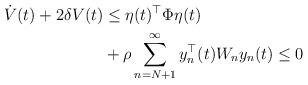
LaTeX: \begin{align*}\dot{{V}}(t)+2\delta {V}(t) &\leq \eta(t)^{\top} \Phi \eta(t)\\&+\rho \sum_{n=N+1}^{\infty}y_n^{\top}(t) W_ny_n(t)\leq 0\end{align*}